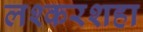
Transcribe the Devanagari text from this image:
लश्करशहा